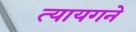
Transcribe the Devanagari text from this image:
त्यायगने